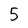
Character: 5